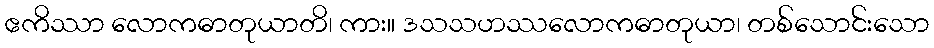
ဧကိဿာ လောကဓာတုယာတိ၊ ကား။ ဒသသဟဿလောကဓာတုယာ၊ တစ်သောင်းသော